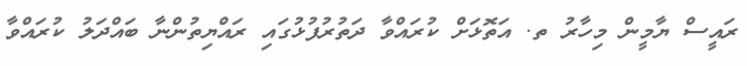
ރައީސް ޔާމީން މިހާރު ތ. އަތޮޅަށް ކުރައްވާ ދަތުރުފުޅުގައި ރައްޔިތުންނާ ބައްދަލު ކުރައްވާ